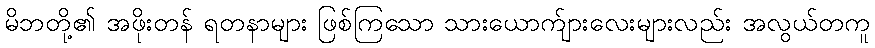
မိဘတို့၏ အဖိုးတန် ရတနာများ ဖြစ်ကြသော သားယောက်ျားလေးများလည်း အလွယ်တကူ